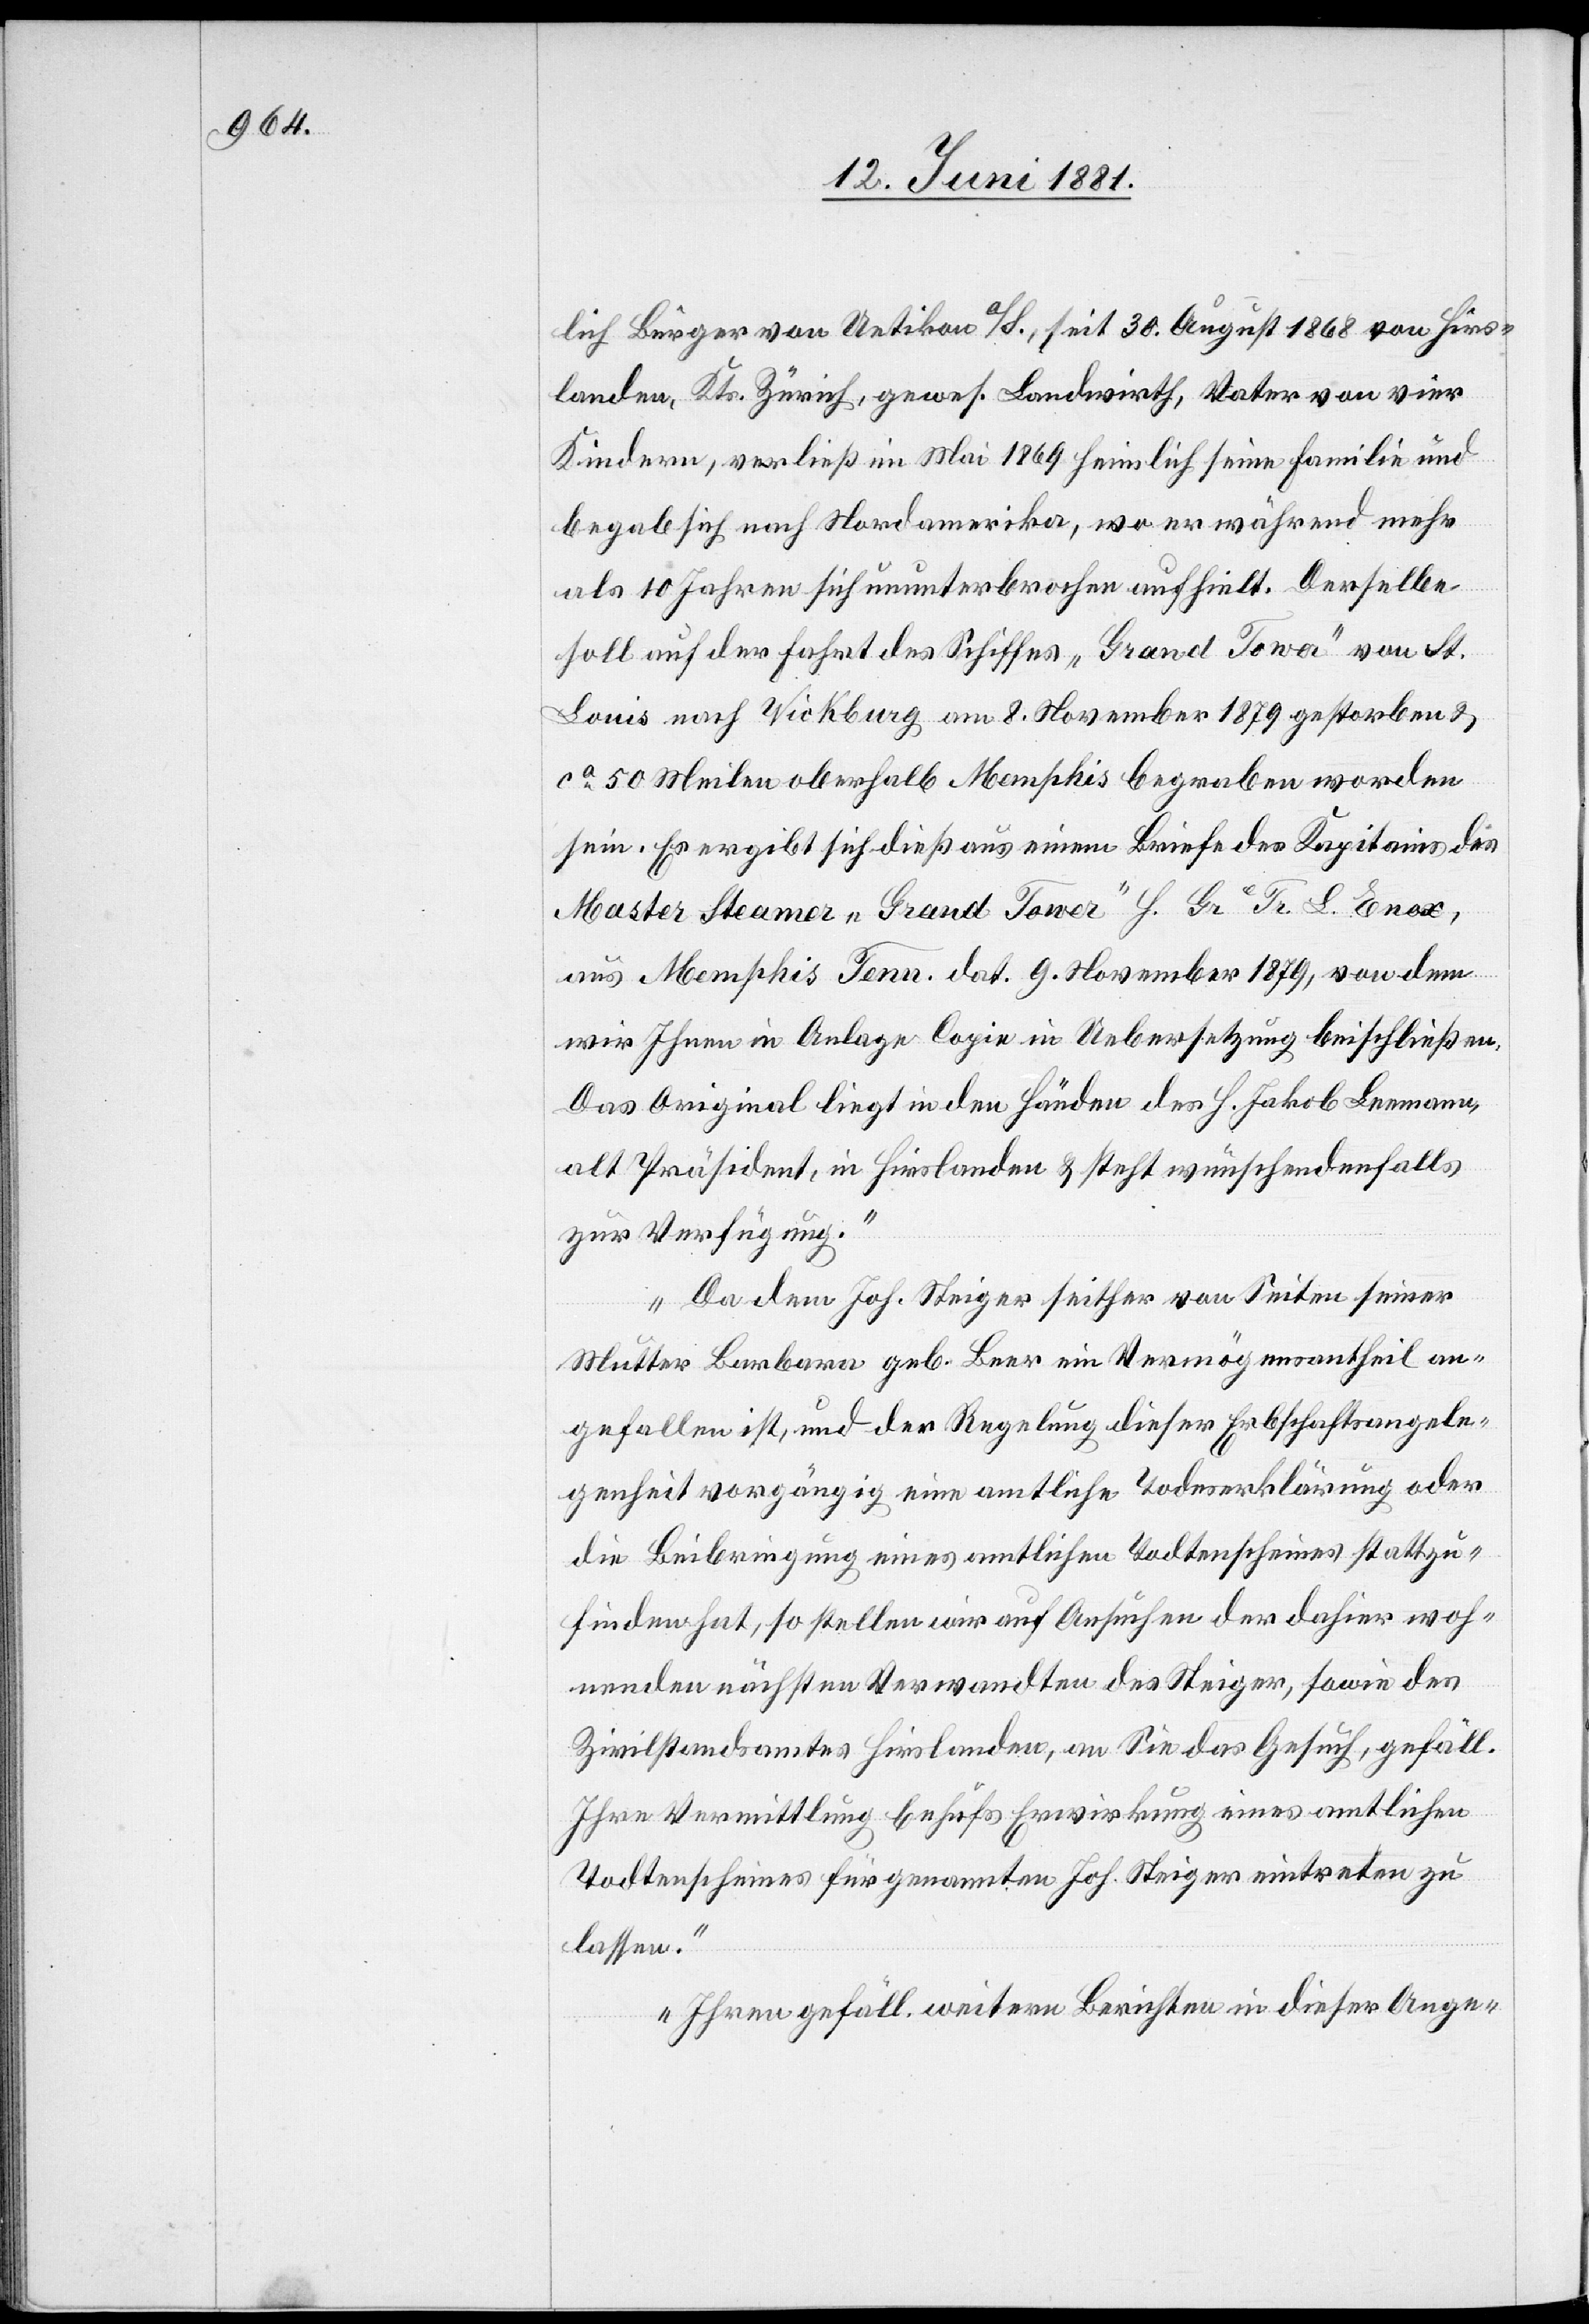
lich Bürger von Uitikon a/S., seit 30. August 1868 von Hirs¬
landen, Kts. Zürich, gewes. Landwirth, Vater von vier
Kindern, verließ im Mai 1869 heimlich seine Familie und
begab sich nach Nordamerika, wo er während mehr
als 10 Jahren sich ununterbrochen aufhielt. Derselbe
soll auf der Fahrt des Schiffes „Grand Tower“ von St.
Louis nach Vickburg, am 8. November 1879 gestorben &
ca 50 Meilen oberhalb Memphis begraben worden
sein. Es ergibt sich dieß aus einem Briefe des Kapitäns des
Master Steamer „Grand Tower“ H. Gr.e Tr. L. Enox,
aus Memphis Tenn. dat. 9. November 1879, von dem
wir Ihnen in Anlage Copie in Uebersetzung beischließen.
Das Original liegt in den Händen des H. Jakob Leemann,
als Präsident, in Hirslanden & steht wünschendenfalls
zur Verfügung.
Da dem Joh. Steiger seither von Seiten seiner
Mutter Barbara geb. Beer ein Vermögenstheil an¬
gefallen ist, und der Regelung dieser Erbschaftsangele¬
genheit vorgängig eine amtliche Todeserklärung oder
die Beibringung eines amtlichen Todtenscheines stattzu¬
finden hat, so stellen wir auf Ansuchen der dahier woh¬
nenden nächsten Verwandten des Steiger, sowie des
Zivilstandsamtes Hirslanden, an Sie das Gesuch, gefäll.
Ihre Vermittlung behufs Erwirkung eines amtlichen
Todtenscheines für genannten Joh. Steiger eintreten zu
lassen.
Ihren gefäll. weitern Berichten in dieser Ange-